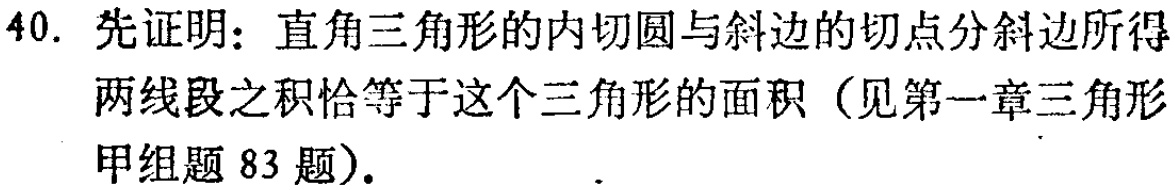
40. 先证明：直角三角形的内切圆与斜边的切点分斜边所得两线段之积恰等于这个三角形的面积（见第一章三角形甲组题83题）.